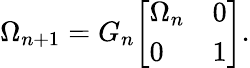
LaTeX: \Omega_{n+1}=G_{n}{\left[\begin{array}{ll}{\Omega_{n}}&{0}\\ {0}&{1}\end{array}\right]}.